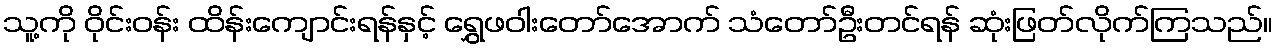
သူ့ကို ဝိုင်းဝန်း ထိန်းကျောင်းရန်နှင့် ရွှေဖဝါးတော်အောက် သံတော်ဦးတင်ရန် ဆုံးဖြတ်လိုက်ကြသည်။